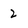
Character: 2